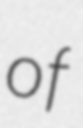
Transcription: of